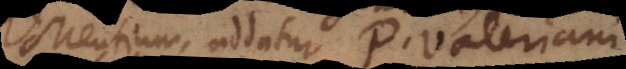
Mentium, addatur P. Valeriani